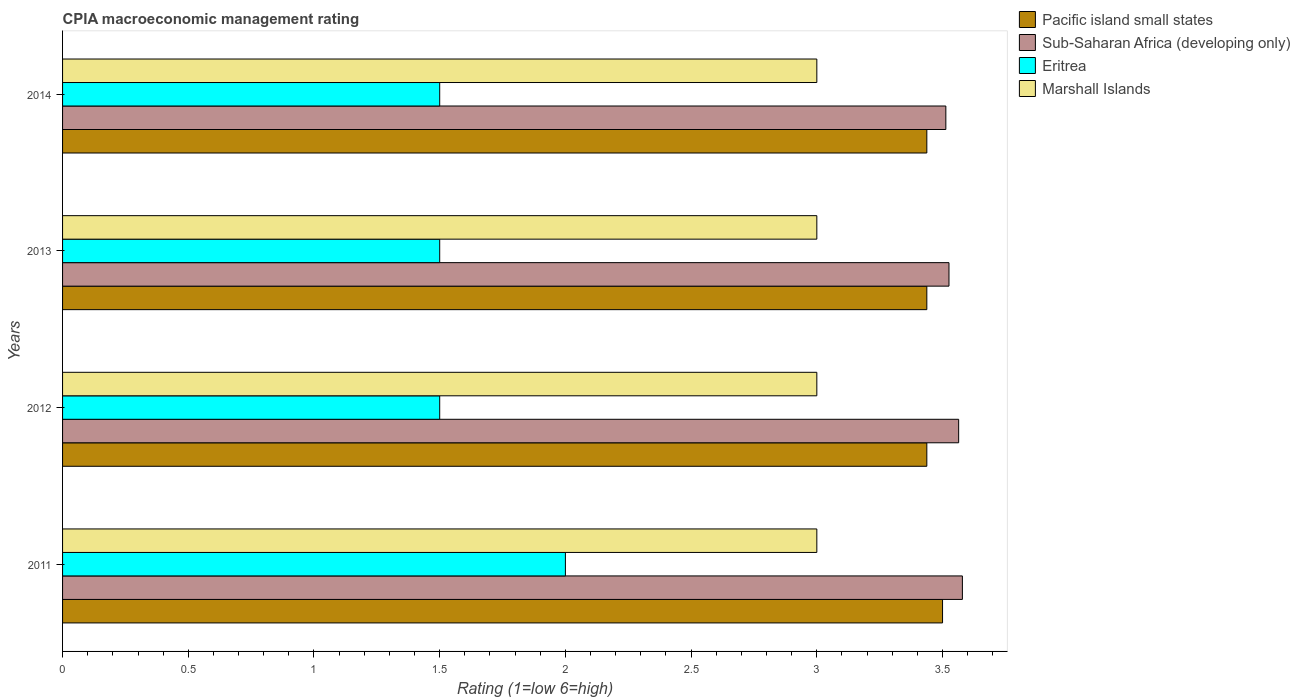
| Years | Pacific island small states | Sub-Saharan Africa (developing only) | Eritrea | Marshall Islands |
 | --- | --- | --- | --- | --- |
 | 2011 | 3.5 | 3.58 | 2 | 3 |
 | 2012 | 3.44 | 3.56 | 1.5 | 3 |
 | 2013 | 3.44 | 3.53 | 1.5 | 3 |
 | 2014 | 3.44 | 3.51 | 1.5 | 3 |